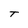
Character: T